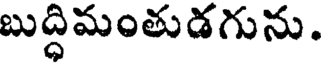
బుద్ధిమంతుడగును.